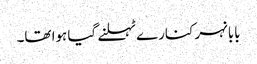
بابا نہر کنارے ٹہلنے گیا ہوا تھا۔